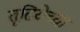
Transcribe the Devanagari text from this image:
तृतियेच्या